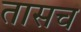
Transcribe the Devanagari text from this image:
तासच